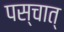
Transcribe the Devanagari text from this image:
पस्चात्